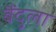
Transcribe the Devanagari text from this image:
बैंदुला